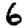
Digit: 6